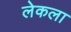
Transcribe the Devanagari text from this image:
लेकला